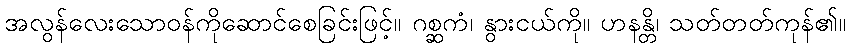
အလွန်လေးသောဝန်ကိုဆောင်စေခြင်းဖြင့်။ ဂစ္ဆကံ၊ နွားငယ်ကို။ ဟနန္တိ၊ သတ်တတ်ကုန်၏။